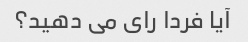
آیا فردا رای می دهید؟